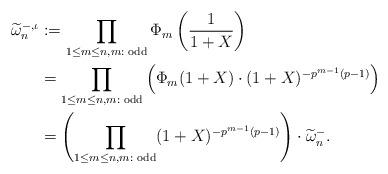
LaTeX: \begin{align*} \widetilde{\omega}^{-, \iota}_n & := \prod_{1 \leq m \leq n, m: \textrm{ odd}}\Phi_m \left(\frac{1}{1+X} \right) \\ & = \prod_{1 \leq m \leq n, m: \textrm{ odd}} \left( \Phi_m (1+X) \cdot (1+X)^{-p^{m-1}(p-1)} \right) \\ & = \left( \prod_{1 \leq m \leq n, m: \textrm{ odd}} (1+X)^{-p^{m-1}(p-1)} \right) \cdot \widetilde{\omega}^{-}_n .\end{align*}